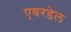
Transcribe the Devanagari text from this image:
एवरडेल